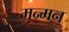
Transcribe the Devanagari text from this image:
मन्मन